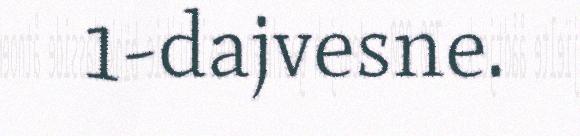
1-dajvesne.